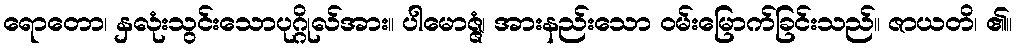
ရောတော၊ နှလုံးသွင်းသောပုဂ္ဂိုလ်အား။ ပါမောဇ္ဇံ၊ အားနည်းသော ဝမ်းမြောက်ခြင်းသည်။ ဇာယတိ၊ ၏။